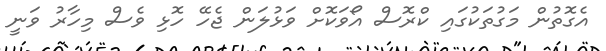
އެގޮތުން މަގުތަކުގައި ކްރޮސް އޯވަކޮށް ވަޅުލަން ޖެހޭ ހޮޅި ވެސް މިހާރު ވަނީ